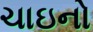
ચાઇનો